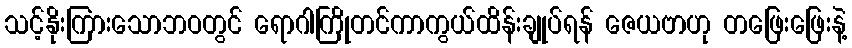
သင့်နိုးကြားသောဘဝတွင် ရောဂါကြိုတင်ကာကွယ်ထိန်းချုပ်ရန် ဇေယဗာဟု တဖြေးဖြေးနဲ့